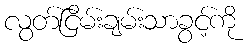
လွတ်ငြိမ်းချမ်းသာခွင့်ကို